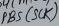
Text: PB5